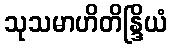
သုသမာဟိတိန္ဒြိယံ